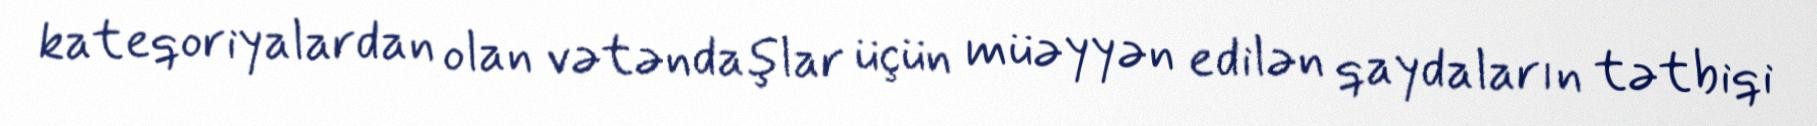
kateqoriyalardan olan vətəndaşlar üçün müəyyən edilən qaydaların tətbiqi